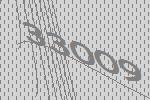
33009